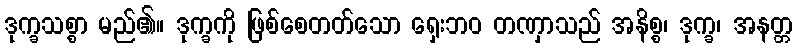
ဒုက္ခသစ္စာ မည်၏။ ဒုက္ခကို ဖြစ်စေတတ်သော ရှေးဘဝ တဏှာသည် အနိစ္စ၊ ဒုက္ခ၊ အနတ္တ